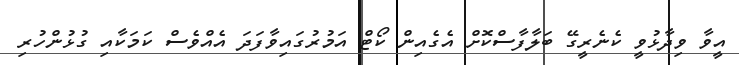
އީވާ ވިދާޅުވީ ކެނެރީގޭ ބަލާފާސްކޮށް އެގެއިން ކޯޓް އަމުރުގައިވާފަދަ އެެއްވެސް ކަމަކާއި ގުޅުންހުރި